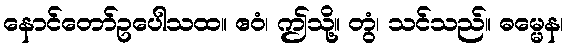
နောင်တော်ဥပေါသထ။ ဧဝံ၊ ဤသို့။ တွံ၊ သင်သည်။ ဓမ္မေန၊